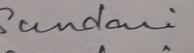
Signature authenticity: genuine